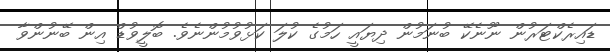
ޑައިރެކްޓަރުން ނޫނެކޭ ބުނަމުން ދިޔައީ ހަމުގެ ކުލަ ކަޅުވުމުންނެވެ. ބޮލީވުޑް އިން ބޭނުންވާ